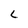
Character: C